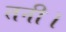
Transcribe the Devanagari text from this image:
तनी।